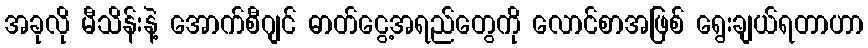
အခုလို မီသိန်းနဲ့ အောက်စီဂျင် ဓာတ်ငွေ့အရည်တွေကို လောင်စာအဖြစ် ရွေးချယ်ရတာဟာ